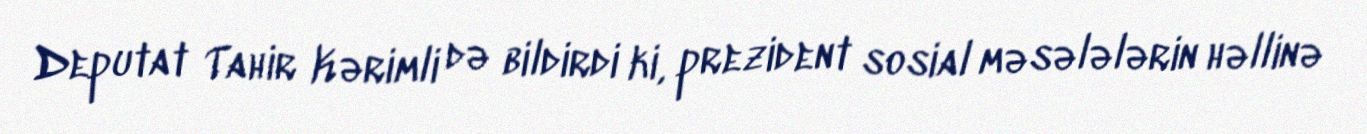
Deputat Tahir Kərimli də bildirdi ki, prezident sosial məsələlərin həllinə